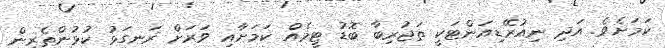
ކަމަށެވެ. އަދި ނިއުރޭޑިއަންޓަކީ ތަޖުރިބާ ބޮޑު ޓީމެއް ކަމަށާއި ވަރަށް ރަނގަޅު ކުޅުންތެެރިން